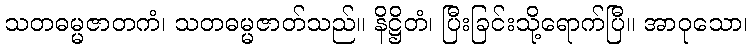
သတဓမ္မဇာတကံ၊ သတဓမ္မဇာတ်သည်။ နိဋ္ဌိတံ၊ ပြီးခြင်းသို့ရောက်ပြီ။ အာဝုသော၊